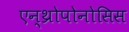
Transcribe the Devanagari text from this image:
एन्थ्रोपोनोसिस